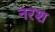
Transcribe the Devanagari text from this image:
नरश